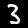
Label: 3